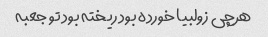
هرچی زولبیا خورده بود ریخته بود تو جعبه